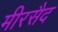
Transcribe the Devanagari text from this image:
मीरसैद